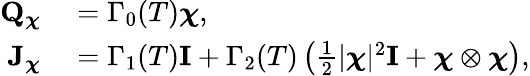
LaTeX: \begin{array}{rl}{\mathbf Q_{\boldsymbol\chi}}&{{}=\Gamma_{0}(T)\boldsymbol\chi,}\\ {\mathbf J_{\boldsymbol\chi}}&{{}=\Gamma_{1}(T)\mathbf I+\Gamma_{2}(T)\left(\frac{1}{2}|\boldsymbol\chi|^{2}\mathbf I+\boldsymbol\chi\otimes\boldsymbol\chi\right),}\end{array}